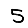
Digit: 5